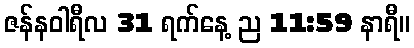
ဇန်နဝါရီလ 31 ရက်နေ့ ည 11:59 နာရီ။